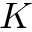
K